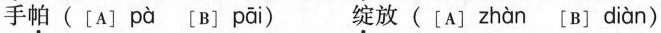
手帕([A] pà [B] pāi ) 绽放([A] zhàn [B] diàn )